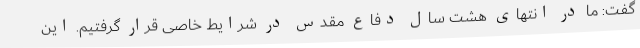
گفت: ما در انتهای هشت سال دفاع مقدس در شرایط خاصی قرار گرفتیم. این